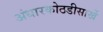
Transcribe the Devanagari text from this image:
अंधारकोठडीसार्खे